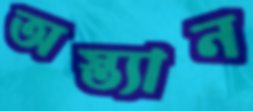
অস্ত্যান